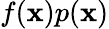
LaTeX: f(\mathbf{x})p(\mathbf{x})